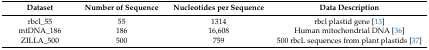
<table><thead><tr><td><b>Dataset</b></td><td><b>Number of Sequence</b></td><td><b>Nucleotides per Sequence</b></td><td><b>Data Description</b></td></tr></thead><tbody><tr><td>rbcl_55</td><td>55</td><td>1314</td><td>rbcl plastid gene [13]</td></tr><tr><td>mtDNA_186</td><td>186</td><td>16,608</td><td>Human mitochondrial DNA [36]</td></tr><tr><td>ZILLA_500</td><td>500</td><td>759</td><td>500 rbcL sequences from plant plastids [37]</td></tr></tbody></table>